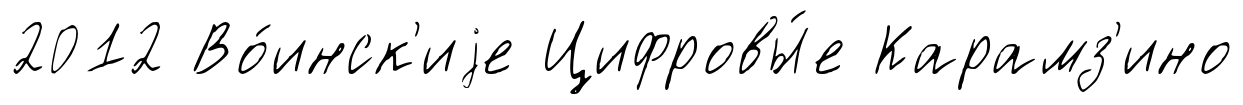
2012 Во́инск'иjе Цифровы́е Карамз'ино